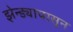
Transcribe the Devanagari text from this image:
झेन्ड्यापासून